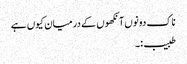
ناک دونوں آنکھوں کے درمیان کیوں ہے
طبیب:۔